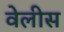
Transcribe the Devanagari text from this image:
वेलीस